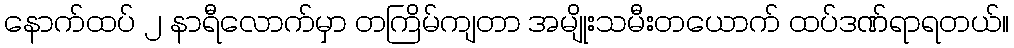
နောက်ထပ် ၂ နာရီလောက်မှာ တကြိမ်ကျတာ အမျိုးသမီးတယောက် ထပ်ဒဏ်ရာရတယ်။